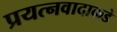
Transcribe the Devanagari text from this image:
प्रयत्‍नवादाकडे